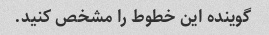
گوینده این خطوط را مشخص کنید.